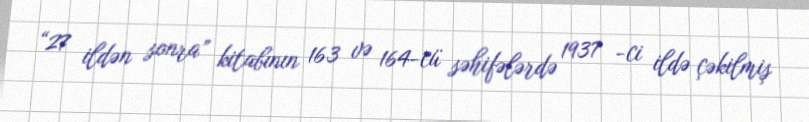
“27 ildən sonra” kitabının 163 və 164-cü səhifələrdə 1937 -ci ildə çəkilmiş